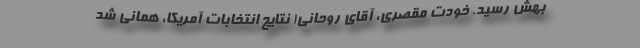
بهش رسید. خودت مقصری، آقای روحانی! نتایج انتخابات آمریکا، همانی شد